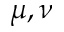
\mu , \nu